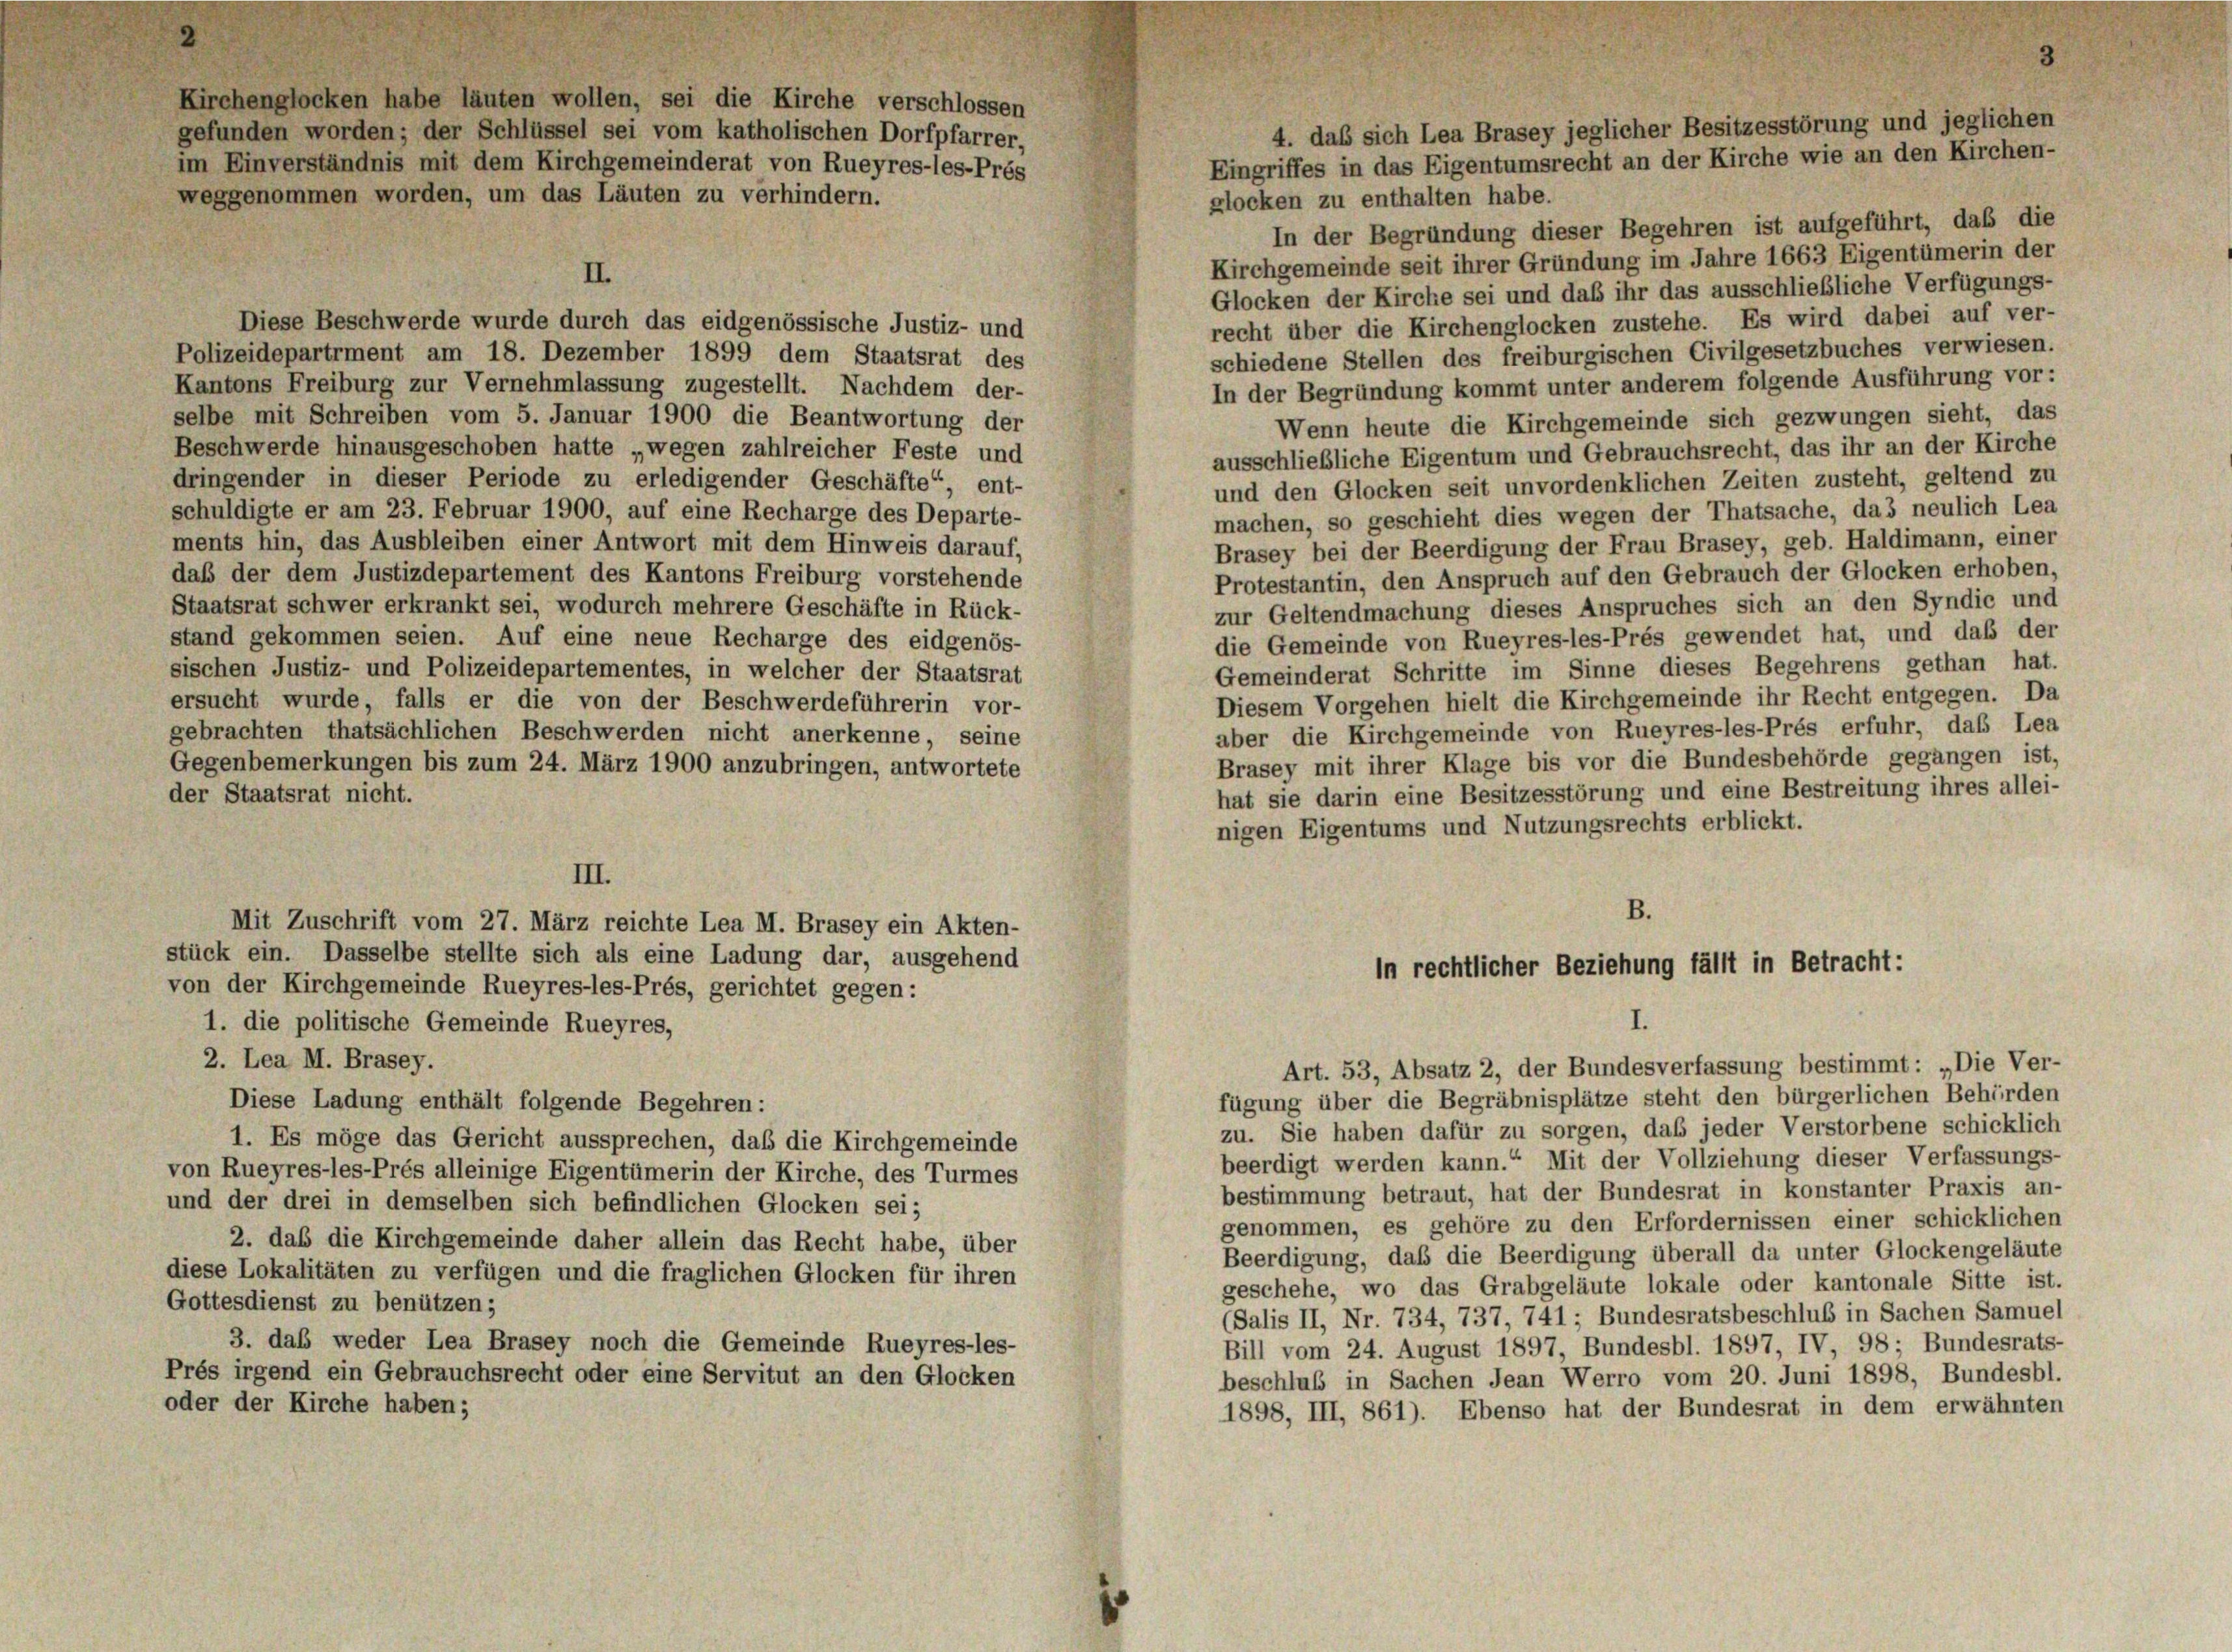
Kirchenglocken habe läuten wollen, sei die Kirche verschlossen
gefunden worden; der Schlüssel sei vom katholischen Dorfpfarrer,

glocken zu enthalten habe.
In der Begründung dieser Begehren ist aufgeführt, daß die
Kirchgemeinde seit ihrer Gründung im Jahre 1663 Eigentümerin der
II.
Glocken der Kirche sei und daß ihr das ausschließliche Verfügungs-
Diese Beschwerde wurde durch das eidgenössische Justiz- und
recht über die Kirchenglocken zustehe. Es wird dabei auf ver-
schiedene Stellen des freiburgischen Civilgesetzbuches verwiesen.
Polizeidepartiment am 18. Dezember 1899 dem Staatsrat des
Kantons Freiburg zur Vernehmlassung zugestellt. Nachdem der-
In der Begründung kommt unter anderem folgende Ausführung vor:
selbe mit Schreiben vom 5. Januar 1900 die Beantwortung der
Wenn heute die Kirchgemeinde sich gezwungen sieht, das
Beschwerde hinausgeschoben hatte „wegen zahlreicher Feste und
ausschließliche Eigentum und Gebrauchsrecht, das ihr an der Kirche
dringender in dieser Periode zu erledigender Geschäfte“, ent-
und den Glocken seit unvordenklichen Zeiten zusteht, geltend zu
schuldigte er am 23. Februar 1900, auf eine Recharge des Departe-
machen, so geschieht dies wegen der Thatsache, das neulich Lea
ments hin, das Ausbleiben einer Antwort mit dem Hinweis darauf,
Brasey bei der Beerdigung der Frau Brasey, geb. Haldimann, einer
daß der dem Justizdepartement des Kantons Freiburg vorstehende
Protestantin, den Anspruch auf den Gebrauch der Glocken erhoben,
Staatsrat schwer erkrankt sei, wodurch mehrere Geschäfte in Rück-
zur Geltendmachung dieses Anspruches sich an den Syndic und
die Gemeinde von Rueyres-les-Prés gewendet hat, und daß der
stand gekommen seien. Auf eine neue Recharge des eidgenös-
Gemeinderat Schritte im Sinne dieses Begehrens gethan hat.
sischen Justiz- und Polizeidepartementes, in welcher der Staatsrat
Diesem Vorgehen hielt die Kirchgemeinde ihr Recht entgegen. Da
ersucht wurde, falls er die von der Beschwerdeführerin vor-
aber die Kirchgemeinde von Rueyres-les-Prés erfuhr, das Lea
gebrachten thatsächlichen Beschwerden nicht anerkenne, seine
Brasey mit ihrer Klage bis vor die Bundesbehörde gegangen ist,
Gegenbemerkungen bis zum 24. März 1900 anzubringen, antwortete
hat sie darin eine Besitzesstörung und eine Bestreitung ihres allei-
der Staatsrat nicht.
nigen Eigentums und Nutzungsrechts erblickt.
III.
B.
Mit Zuschrift vom 27. März reichte Lea M. Brasey ein Akten-
stück ein. Dasselbe stellte sich als eine Ladung dar, ausgehend
in rechtlicher Beziehung fällt in Betracht:
von der Kirchgemeinde Rueyres-les-Prés, gerichtet gegen:
I.
1. die politische Gemeinde Rueyres,
2. Lea M. Brasey.
Art. 53, Absatz 2, der Bundesverfassung bestimmt: „Die Ver-
fügung über die Begräbnisplätze steht den bürgerlichen Behörden
Diese Ladung enthält folgende Begehren:
zu. Sie haben dafür zu sorgen, daß jeder Verstorbene schicklich
1. Es möge das Gericht aussprechen, daß die Kirchgemeinde
beerdigt werden kann.“ Mit der Vollziehung dieser Verfassungs-
von Rueyres-les-Prés alleinige Eigentümerin der Kirche, des Turmes
bestimmung betraut, hat der Bundesrat in konstanter Praxis an-
und der drei in demselben sich befindlichen Glocken sei;
genommen, es gehöre zu den Erfordernissen einer schicklichen
2. das die Kirchgemeinde daher allein das Recht habe, über
Beerdigung, daß die Beerdigung überall da unter Glockengeläute
diese Lokalitäten zu verfügen und die fraglichen Glocken für ihren
geschehe, wo das Grabgeläute lokale oder kantonale Sitte ist.
Gottesdienst zu benützen;
(Salis II, Nr. 734, 737, 741 ; Bundesratsbeschluß in Sachen Samuel
3. daß weder Lea Brasey noch die Gemeinde Rueyres-les-
Bill vom 24. August 1897, Bundesbl. 1897, IV 98; Bundesrats-
Prés irgend ein Gebrauchsrecht oder eine Servitut an den Glocken
beschluß in Sachen Jean Werro vom 20. Juni 1898, Bundesbl.
oder der Kirche haben;
1898, III, 861). Ebenso hat der Bundesrat in dem erwähnten

im Einverständnis mit dem Kirchgemeinderat von Rueyres-les-Prés
weggenommen worden, um das Läuten zu verhindern.

4. das sich Lea Brasey jeglicher Besitzesstörung und jeglichen
Eingriffes in das Eigentumsrecht an der Kirche wie an den Kirchen-